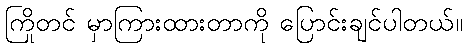
ကြိုတင် မှာကြားထားတာကို ပြောင်းချင်ပါတယ်။